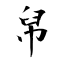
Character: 帠